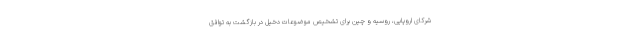
شرکای اروپایی، روسیه و چین برای تشخیص موضوعات دخیل در بازگشت به توافق